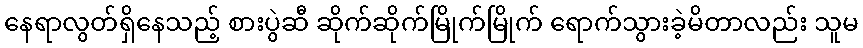
နေရာလွတ်ရှိနေသည့် စားပွဲဆီ ဆိုက်ဆိုက်မြိုက်မြိုက် ရောက်သွားခဲ့မိတာလည်း သူမ